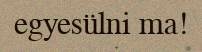
egyesülni ma!